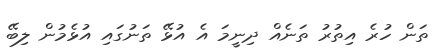
ތަން ހުރެ އިތުރު ތަނެއް ދިނީމަ އެ އުޅޭ ތަނުގައި އުޅެމުން ލިބޭ